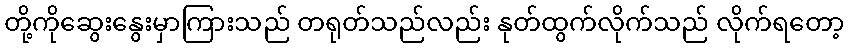
တို့ကိုဆွေးနွေးမှာကြားသည် တရုတ်သည်လည်း နုတ်ထွက်လိုက်သည် လိုက်ရတော့